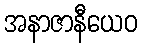
အနာဇာနီယေဝ